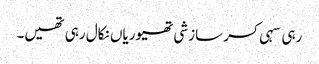
رہی سہی کسر سازشی تھیوریاں نکال رہی تھیں۔